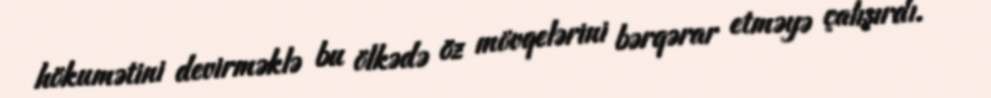
hökumətini devirməklə bu ölkədə öz mövqelərini bərqərar etməyə çalışırdı.